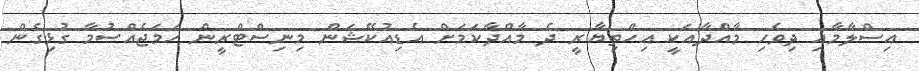
އިސްލާމާއި ދިވެހި މާއްދާއަކީ އިހްތިޔާރީ ދެ މާއްދާކަމަށް އެޑިއުކޭޝަން މިނިސްޓްރީން ހަމަޖެއްސުމާ ގުޅިގެން